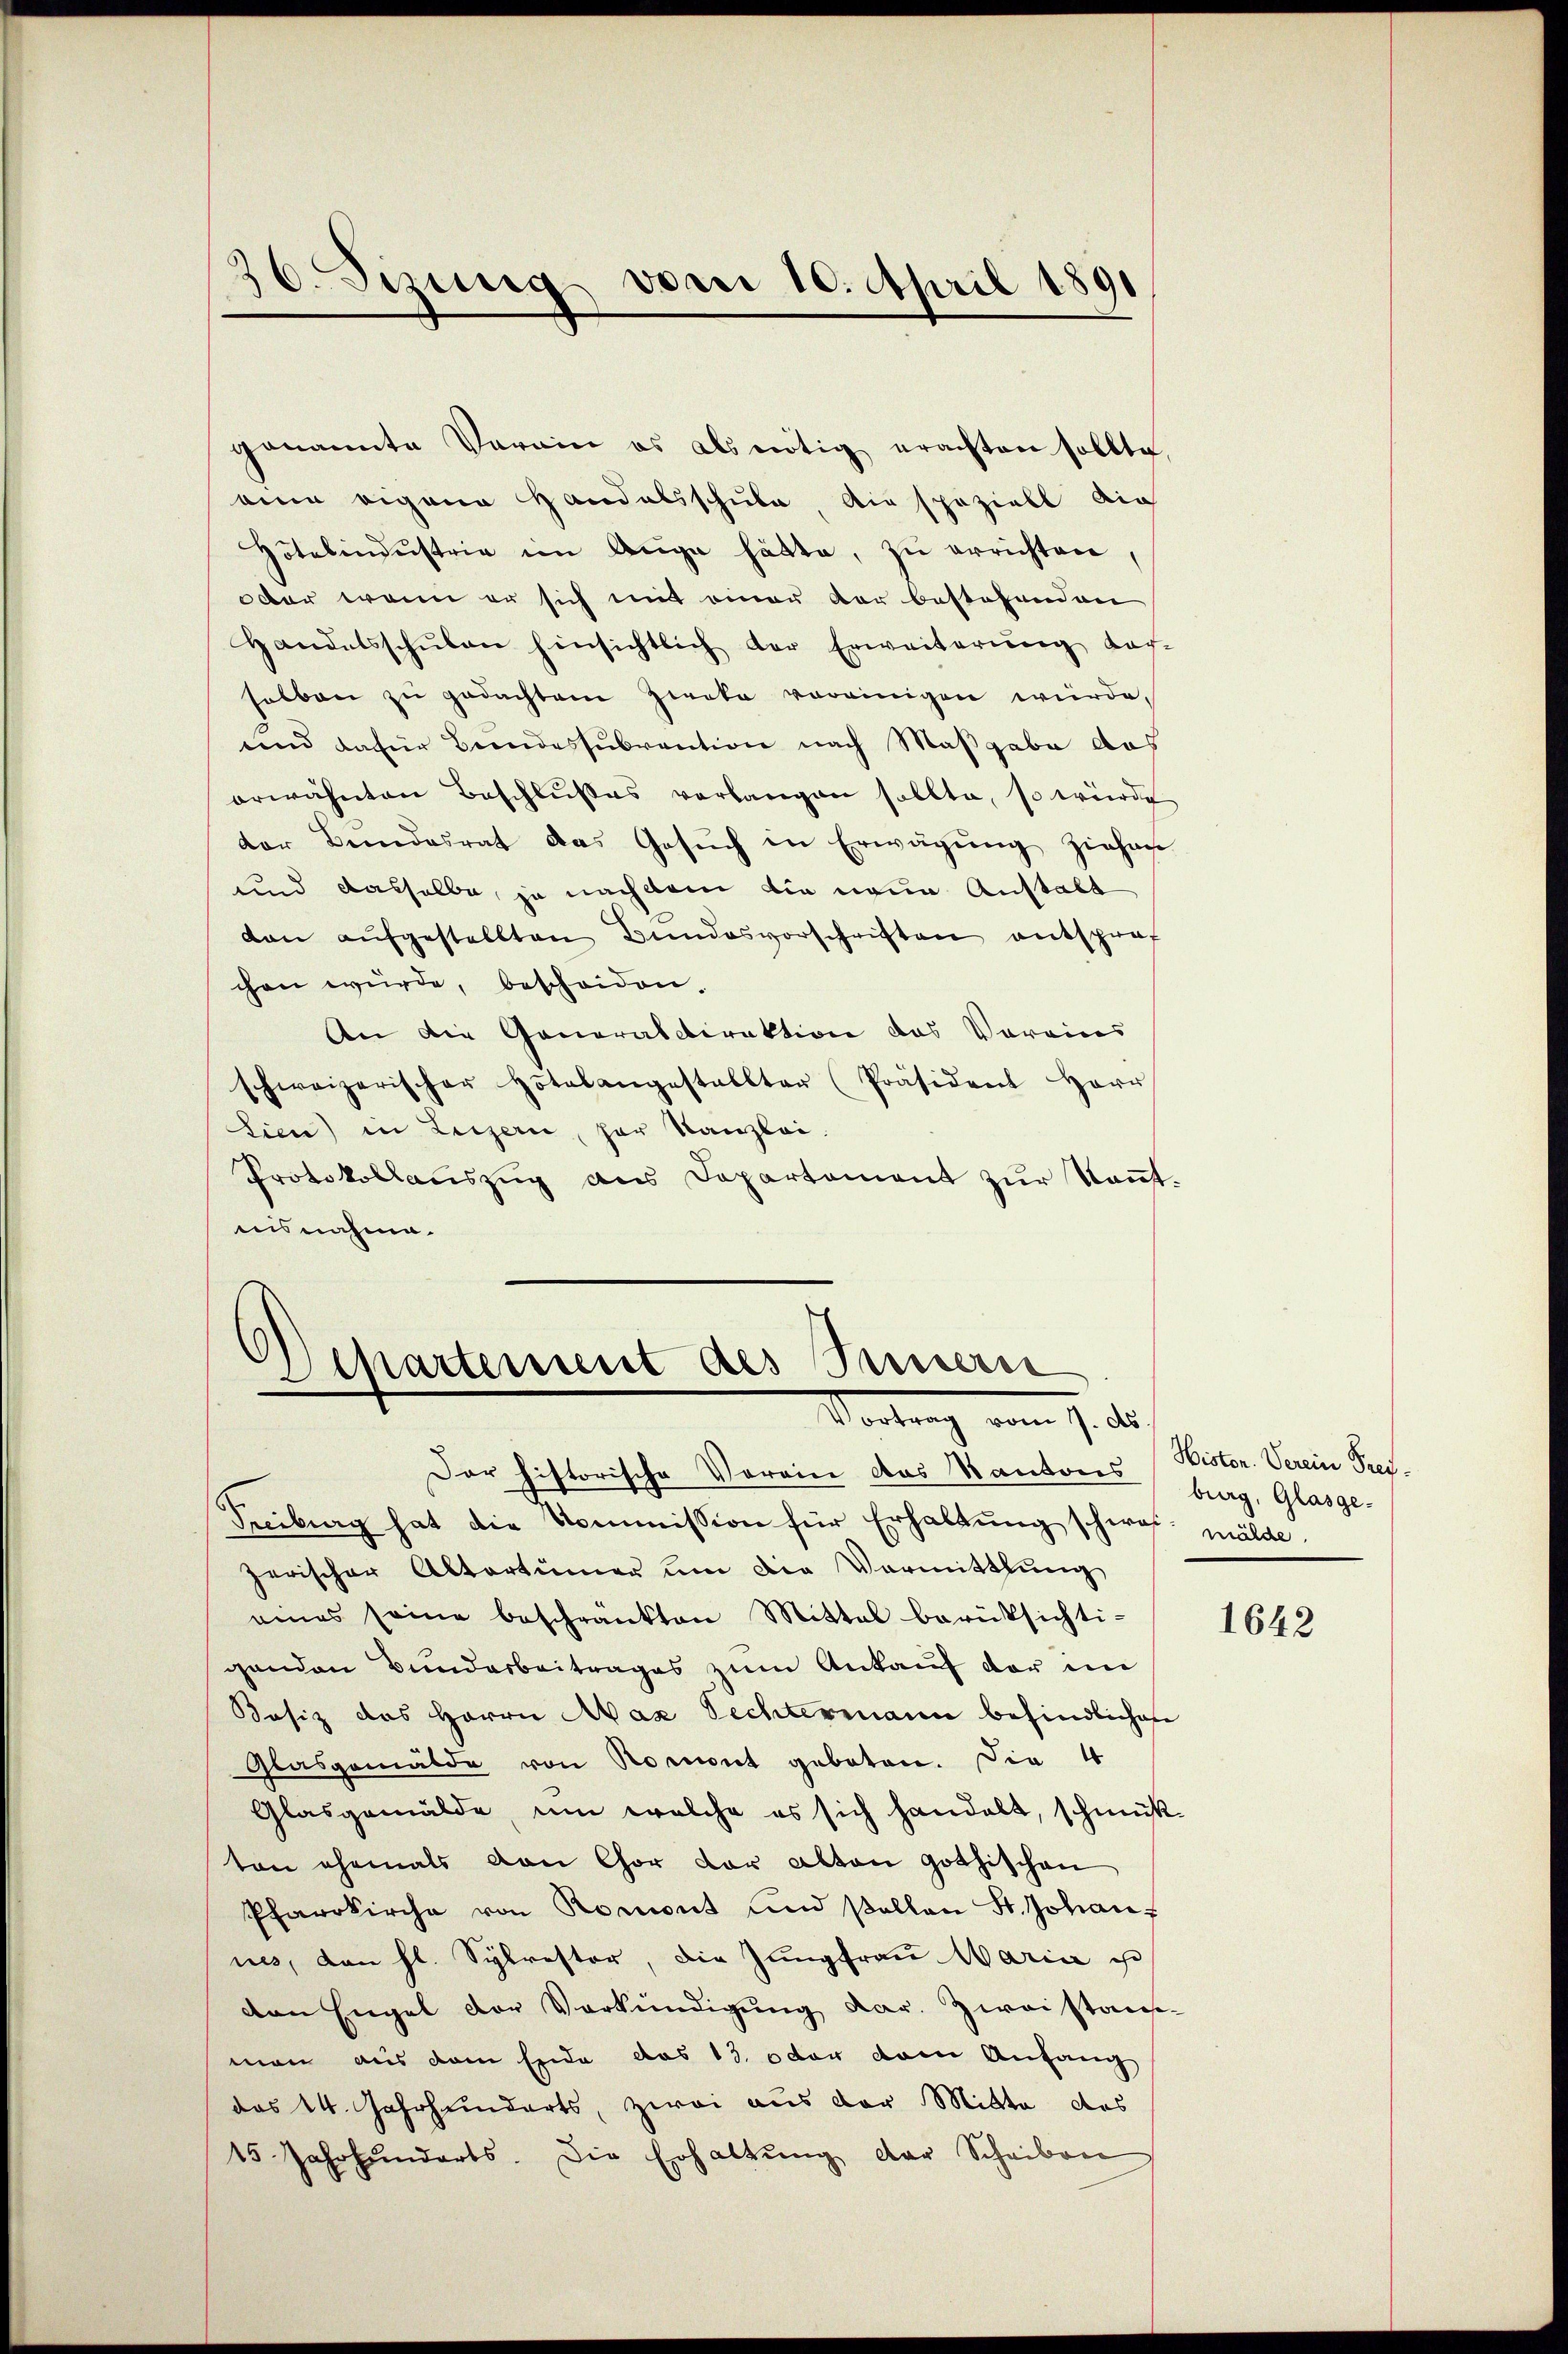
36. Sizung vom 10. April 1891

Hotelindŭstrie im Auge hätte, zu errichten,
oder wenn er sich mit einer der bestehenden
Handelsschŭlen hinsichtlich der Erweiterŭng nach-
salben zŭ gedachtem Zirka voreinigen würde,
und dafür Brandessubvention nach Maßgabe das
erwähnten Beschlŭβes verlangen sollte, so würde
der Bundesrat das Gesŭch in Erwägŭng ziehen
und dasselbe, ja nachdem die neue Anstalt
don aŭfgestellten Bundesvorschriften entsprof
chen würde, bescheiden.
An die Generaldirektion das Vorains
schweizerischer Hotelangestellter (Präsident Herr
Lien) in Luzern, her Kanzlei.
Protokollauszug aus Departement zur Kenntnisnahme.

genannte Verain es als nötig erachten sollte,
eine eigene Handelsschule die speziell die

Departement des Innern
Vortrag vom 7. d.

Der historische Vorein des Kantone burg, Glasge-
Feuburg hat die Kommission für Erhaltung schwer mälde
zerischer Altertümer um die Vormittlung
eines seine beschränkten Mittal berüksichti-
genden Bundarbeitrages zum Ankauf der im
Bosiz des Herrn Max Pechtermann befindlichen
Glasgemälde von Romont geboten. Die 4
Glasgemälde, um welche es sich handelt, schmuß-
ton ehemals von Chor der alten gothischen
Pfarrkirche von Romont und sollen St. Johan
nes, den hl. Sylrestor, die Jungfrau Maria ist
den Engel der Verkündigung dar. Zweistan
man aus dem Ende das 13. oder dem Anfang
das 14. Jahrhunderts, zwei aus der Mitte das
15 Jahrhunderts. Die Erhaltung der Scheiben

Histen. Verein Frei¬

1642